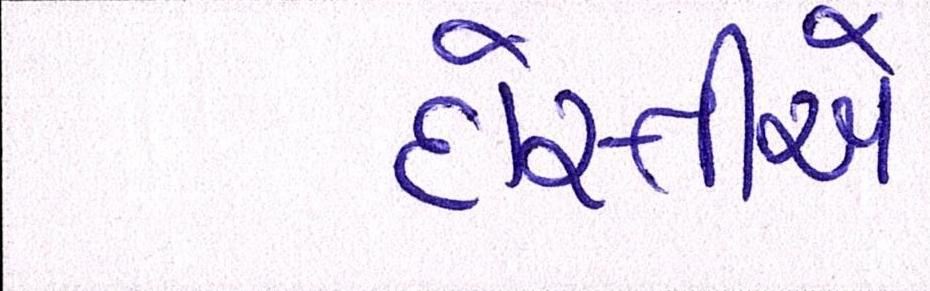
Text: દોસ્તીએ